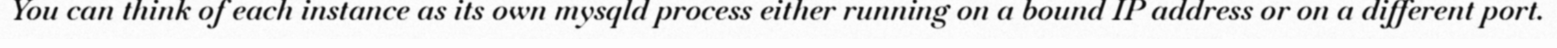
You can think of each instance as its own mysqld process either running on a bound IP address or on a different port.